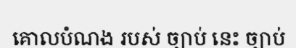
គោលបំណង របស់ ច្បាប់ នេះ ច្បាប់